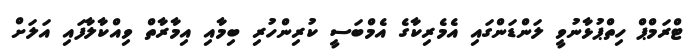
ޓްރަމްޕް ހިތްޕުޅާނުވީ ލަންޑަންގައި އެމެރިކާގެ އެމްބަސީ ކުރިންހުރި ބިމާއި އިމާރާތް ވިއްކާލާފައި އަލަށް